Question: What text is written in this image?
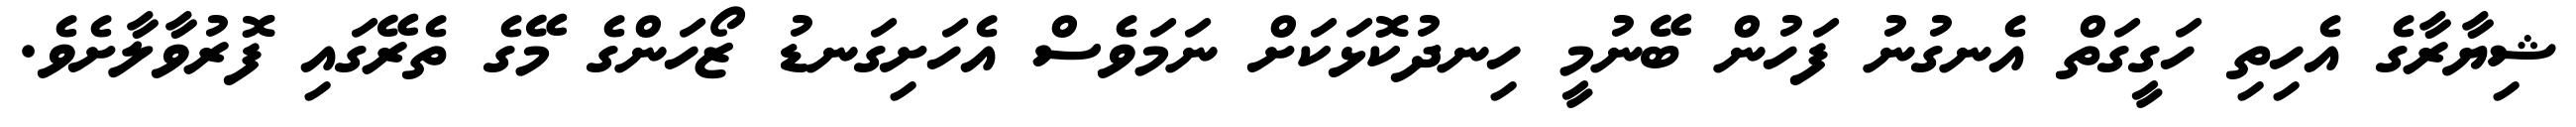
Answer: ޝިޔާރާގެ އެހިތި ހަގީގަތް އެނގުނު ފަހުން ބޭނުމީ ހިނދުކޮޅަކަށް ނަމަވެސް އެހަށިގަނޑު ޒޯހަންގެ މޭގެ ތެރޭގައި ފޮރުވާލާށެވެ.